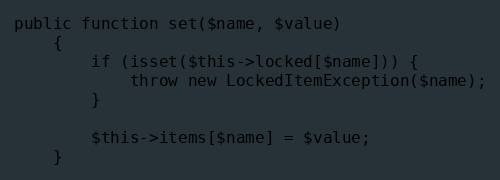
Language: PHP
public function set($name, $value)
    {
        if (isset($this->locked[$name])) {
            throw new LockedItemException($name);
        }

        $this->items[$name] = $value;
    }